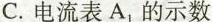
C.电流表A_{1}的示数